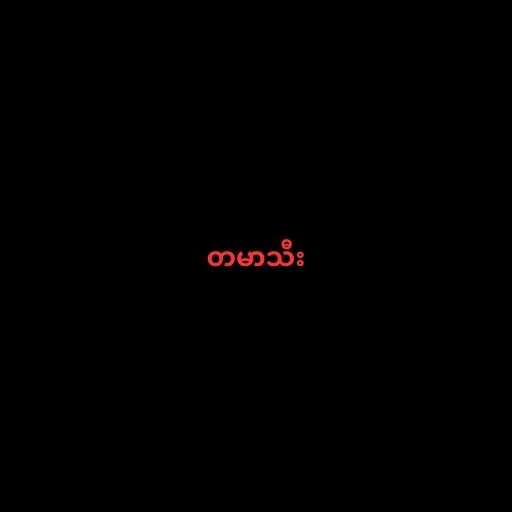
တမာသီး